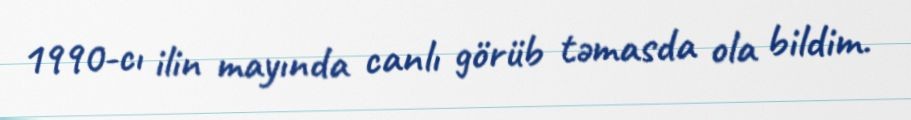
1990-cı ilin mayında canlı görüb təmasda ola bildim.